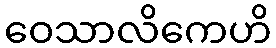
ဝေသာလိကေဟိ